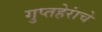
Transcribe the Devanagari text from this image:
गुप्तहेरांचे